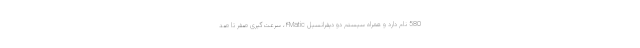
580 نام دارد و همراه سیستم دو دیفرانسیل ۴Matic، سرعت‌گیری صفر تا صد